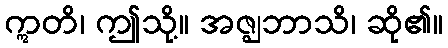
ဣတိ၊ ဤသို့။ အဇ္ဈဘာသိ၊ ဆို၏။